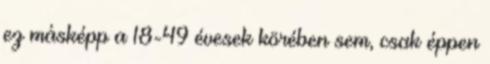
ez másképp a 18-49 évesek körében sem, csak éppen